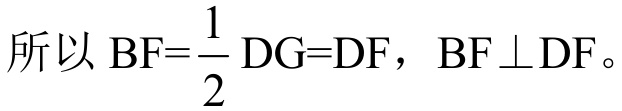
所以 \(BF=\frac{1}{2}DG = DF\)，\(BF\perp DF\)。